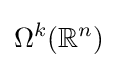
\Omega ^{k}(\mathbb {R} ^{n})